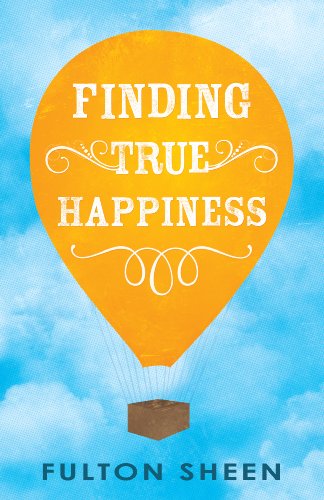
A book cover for Finding True Happiness; Fulton Sheen; Self-Help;